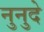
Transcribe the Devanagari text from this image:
नुनुदे